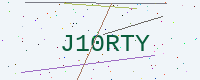
Text: J10RTY